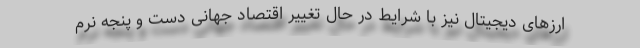
ارزهای دیجیتال نیز با شرایط در حال تغییر اقتصاد جهانی دست و پنجه نرم